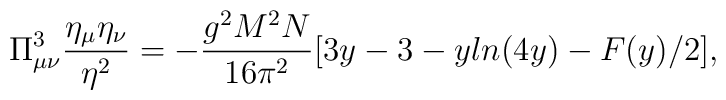
\Pi^3_{\mu\nu}\frac{\eta_\mu\eta_\nu}{\eta^2}=-\frac{g^2M^2N}{16\pi^2}[3y-3-yln(4y)-F(y)/2],